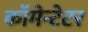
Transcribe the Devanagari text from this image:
कॉमेन्टेटर